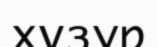
хұзур